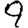
Digit: 9